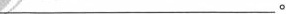
___